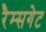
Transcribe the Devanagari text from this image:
रैम्सगेट